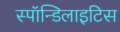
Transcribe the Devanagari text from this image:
स्पॉन्डिलाइटिस